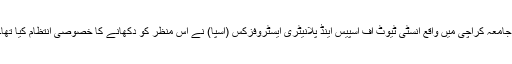
جامعہ کراچی میں واقع انسٹی ٹیوٹ آف اسپیس اینڈ پلانیٹری ایسٹروفزکس (اسپا) نے اس منظر کو دکھانے کا خصوصی انتظام کیا تھا۔